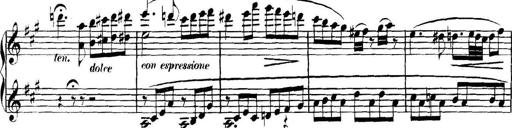
Title: Collected Piano Sonatas
Composer: Muzio Clementi